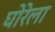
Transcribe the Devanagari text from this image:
घोरेला